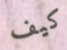
كيف